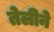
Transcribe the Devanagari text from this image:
तेलीने